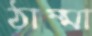
ঠাম্মা